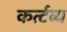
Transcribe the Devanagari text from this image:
कर्त्टव्य